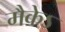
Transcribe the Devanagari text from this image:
मैकेऽ